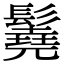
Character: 𩯆